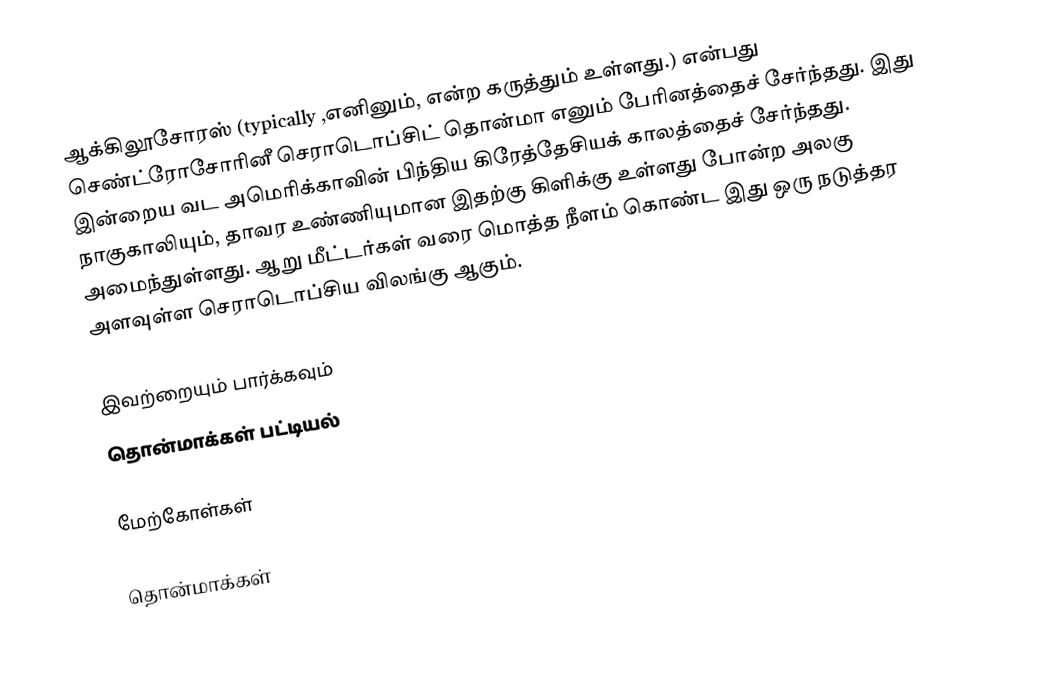
ஆக்கிலூசோரஸ் (typically ,எனினும்,  என்ற கருத்தும் உள்ளது.) என்பது செண்ட்ரோசோரினீ செராடொப்சிட் தொன்மா எனும் பேரினத்தைச் சேர்ந்தது. இது இன்றைய வட அமெரிக்காவின் பிந்திய கிரேத்தேசியக் காலத்தைச் சேர்ந்தது. நாகுகாலியும், தாவர உண்ணியுமான இதற்கு கிளிக்கு உள்ளது போன்ற அலகு அமைந்துள்ளது. ஆறு மீட்டர்கள் வரை மொத்த நீளம் கொண்ட இது ஒரு நடுத்தர அளவுள்ள செராடொப்சிய விலங்கு ஆகும்.

இவற்றையும் பார்க்கவும்
 தொன்மாக்கள் பட்டியல்

மேற்கோள்கள்

தொன்மாக்கள்